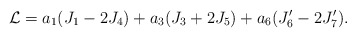
\begin{align*}{\cal L} = a_1 ( J_1 - 2 J_4 )+ a_3 ( J_3 + 2 J_5 )+ a_6 ( J'_6 -2 J'_7 ).\end{align*}